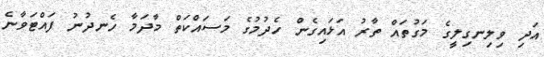
އަދި ވިލިނގިލީގެ މަގުތައް ތާރު އަޅައިގެން ހެދުމުގެ މަސައްކަތް މާދަމާ ހެނދުނު ފައްޓަވާނެ